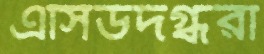
এসিডদগ্ধরা